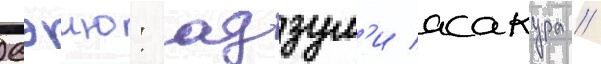
Сэию: адзум'и асакура //